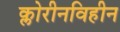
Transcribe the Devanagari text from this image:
क्लोरीनविहीन